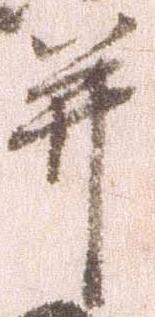
并